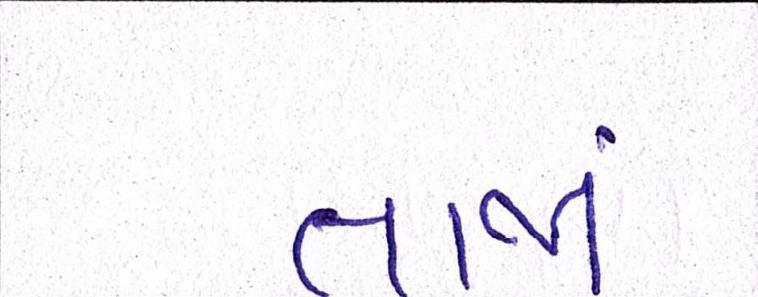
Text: તાજાં